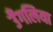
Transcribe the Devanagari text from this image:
उँगलिया